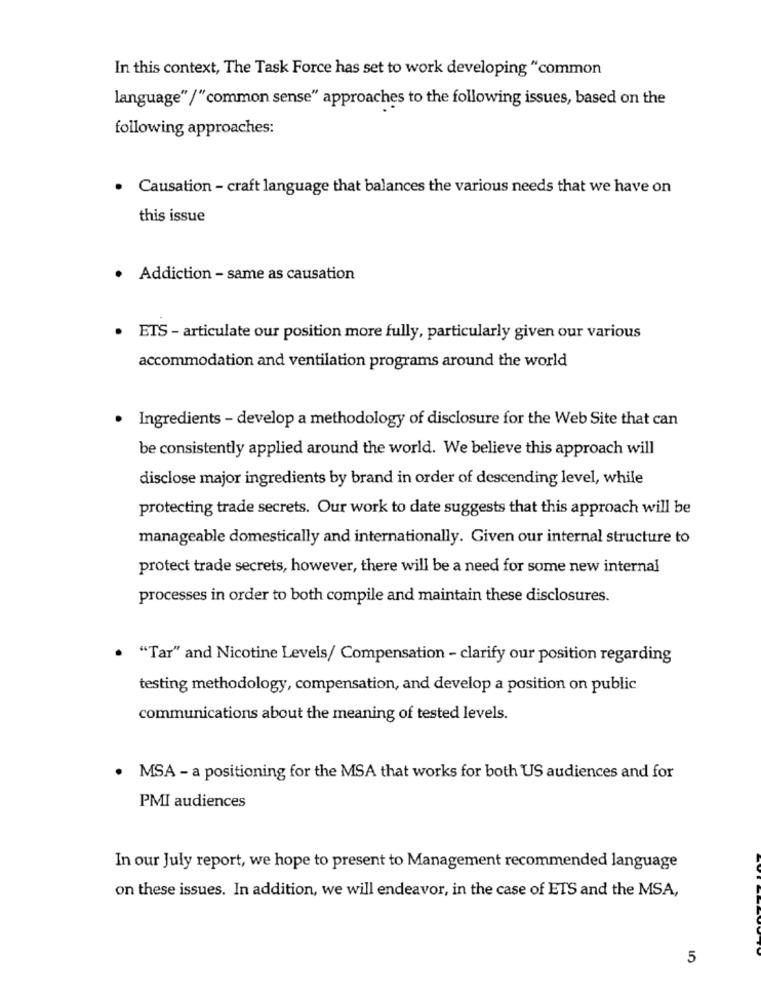
In this context, The Task Force has set to work developing " common
language" /"common sense" approaches to the following issues, based on the
following approaches:
· Causation - craft language that balances the various needs that we have on
this issue
· Addiction - same as causation
· ETS - articulate our position more fully, particularly given our various
accommodation and ventilation programs around the world
Ingredients - develop a methodology of disclosure for the Web Site that can
be consistently applied around the world. We believe this approach will
disclose major ingredients by brand in order of descending level, while
protecting trade secrets. Our work to date suggests that this approach will be
manageable domestically and internationally. Given our internal structure to
protect trade secrets, however, there will be a need for some new internal
processes in order to both compile and maintain these disclosures.
"Tar" and Nicotine Levels/ Compensation - clarify our position regarding
testing methodology, compensation, and develop a position on public
communications about the meaning of tested levels.
· MSA - a positioning for the MSA that works for both US audiences and for
PMI audiences
In our July report, we hope to present to Management recommended language
on these issues. In addition, we will endeavor, in the case of ETS and the MSA,
5